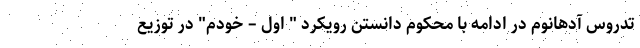
تدروس آدهانوم در ادامه با محکوم دانستن رویکرد " اول – خودم" در توزیع